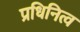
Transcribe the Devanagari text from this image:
प्रधिनित्व